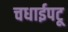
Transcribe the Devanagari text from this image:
चधाईपटू